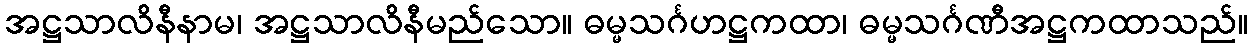
အဋ္ဌသာလိနီနာမ၊ အဋ္ဌသာလိနီမည်သော။ ဓမ္မသင်္ဂဟဋ္ဌကထာ၊ ဓမ္မသင်္ဂဏီအဋ္ဌကထာသည်။